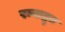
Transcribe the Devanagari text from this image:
रम्याद्भुत